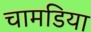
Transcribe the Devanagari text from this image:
चामडिया